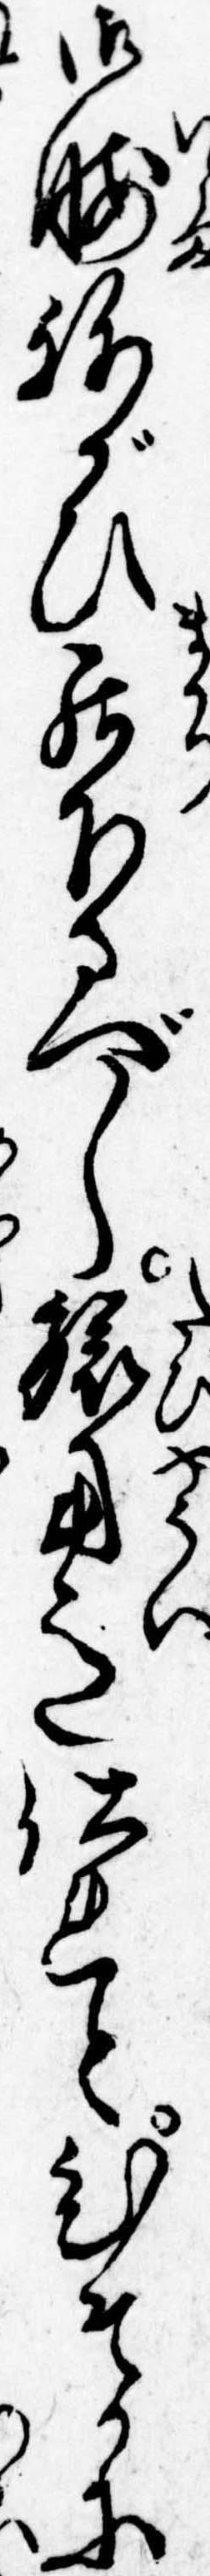
御暇ねがひ罷下るべし旅用意仕れとひそかに